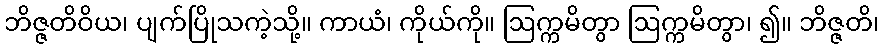
ဘိဇ္ဇတိဝိယ၊ ပျက်ပြိုသကဲ့သို့။ ကာယံ၊ ကိုယ်ကို။ ဩက္ကမိတွာ ဩက္ကမိတွာ၊ ၍။ ဘိဇ္ဇတိ၊